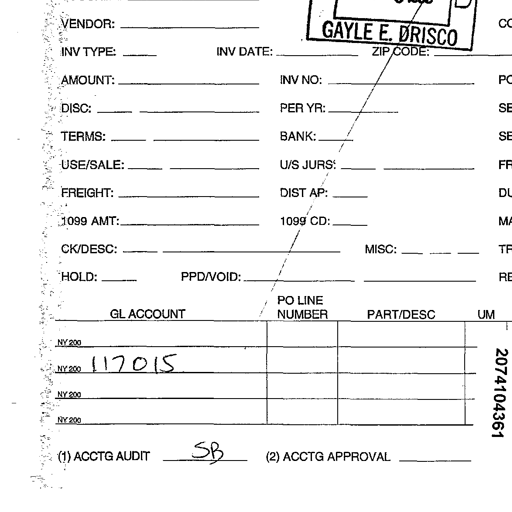
VENDOR: GAYLE E. DRISCO
INV TYPE: INV DATE: ZIP CODE:
AMOUNT: INV NO:
DISC: PER YR:
TERMS: BANK:
USE/SALE: U/S JURS:
FREIGHT: DIST AP:
1099 AMT: 1099 CD:
CK/DESC: MISC:
HOLD: PPD/VOID:
GL ACCOUNT PO LINE NUMBER PART/DESC UM
NY 200 2074104361
NY 200 117015
NY 200
NY 200
(1) ACCTG AUDIT SB (2) ACCTG APPROVAL